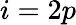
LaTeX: i=2p